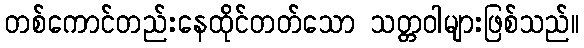
တစ်ကောင်တည်းနေထိုင်တတ်သော သတ္တဝါများဖြစ်သည်။